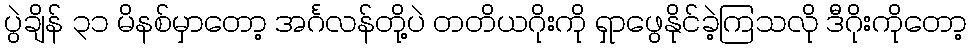
ပွဲချိန် ၃၁ မိနစ်မှာတော့ အင်္ဂလန်တို့ပဲ တတိယဂိုးကို ရှာဖွေနိုင်ခဲ့ကြသလို ဒီဂိုးကိုတော့